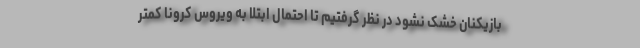
بازیکنان خشک نشود در نظر گرفتیم تا احتمال ابتلا به ویروس کرونا کمتر